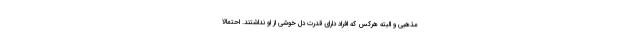
مذهبی و البته هرکس که افراد دارای قدرت دل خوشی از او نداشتند. احتمالا